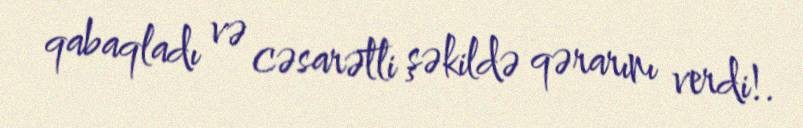
qabaqladı və cəsarətli şəkildə qərarını verdi!.